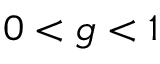
0 < g < 1